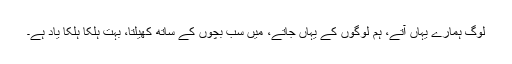
لوگ ہمارے یہاں آتے، ہم لوگوں کے یہاں جاتے، میں سب بچوں کے ساتھ کھیلتا، بہت ہلکا ہلکا یاد ہے۔